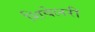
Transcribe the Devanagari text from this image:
शिवेलरी